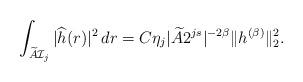
LaTeX: \begin{align*}\int_{\widetilde{A}\mathcal{I}_j} |\widehat{h}(r)|^2\,dr = C \eta_j |\widetilde{A} 2^{js}|^{-2\beta} \| h^{(\beta)}\|_{2}^2.\end{align*}